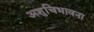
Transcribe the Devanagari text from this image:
अशुचिभावना